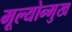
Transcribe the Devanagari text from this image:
मूल्योन्मुख